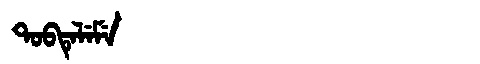
Manchu: ᡨᠣᠪᡨᡝᠯᡝᠮᡝ
Romanization: TOBTELEME